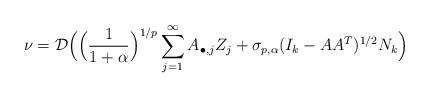
LaTeX: \begin{align*}\nu = \mathcal{D}\Big(\Big(\frac{1}{1+\alpha}\Big)^{1/p}\sum_{j=1}^\infty A_{\bullet,j}Z_j + \sigma_{p, \alpha}(I_k-AA^T)^{1/2}N_k\Big)\end{align*}